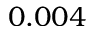
0 . 0 0 4